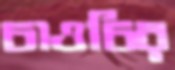
চাওচির